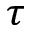
\tau